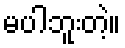
မပါဘူးတဲ့။